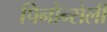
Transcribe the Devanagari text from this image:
पिनौन्सेली